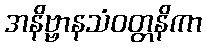
အနိဗ္ဗာနသံဝတ္တနိကာ